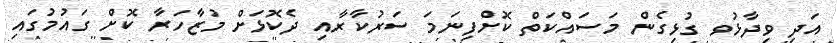
އަދި ވިދާޅުވ ގުޅިގެން މަސައްކަތް ކޮށްފިނަމަ ސަރުކާރާއި ދެކޮޅަށް މުޒާހަރާ ކޮށް ގައުމުގައި